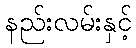
နည်းလမ်းနှင့်